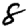
Digit: 8